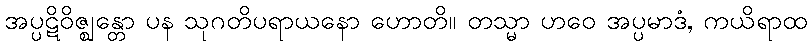
အပ္ပဋိဝိဇ္ဈန္တော ပန သုဂတိပရာယနော ဟောတိ။ တသ္မာ ဟဝေ အပ္ပမာဒံ, ကယိရာထ